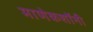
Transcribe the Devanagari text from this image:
माणेकशॉनी